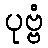
ပုဗ္ဗံ